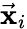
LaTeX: \vec{\mathbf x}_{i}